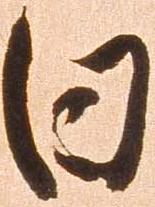
日